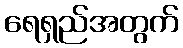
ရေရှည်အတွက်